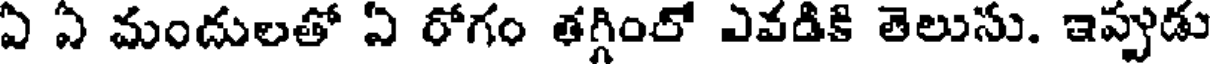
ఏ ఏ మందులతో ఏ రోగం తగ్గింలో ఎవడికి తెలుసు. ఇప్పుడు